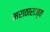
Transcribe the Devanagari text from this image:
मराठाराज्य